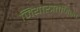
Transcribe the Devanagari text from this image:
जियोस्त्रतेजिस्त